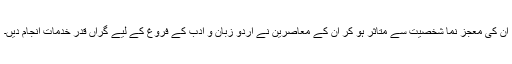
ان کی معجز نما شخصیت سے متاثر ہو کر ان کے معاصرین نے اردو زبان و ادب کے فروغ کے لیے گراں قدر خدمات انجام دیں۔